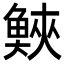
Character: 𩾉